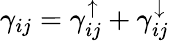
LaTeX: \gamma_{ij}=\gamma_{ij}^{\uparrow}+\gamma_{ij}^{\downarrow}